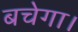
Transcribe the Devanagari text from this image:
बचेगा।